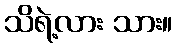
သိရဲ့လား သား။